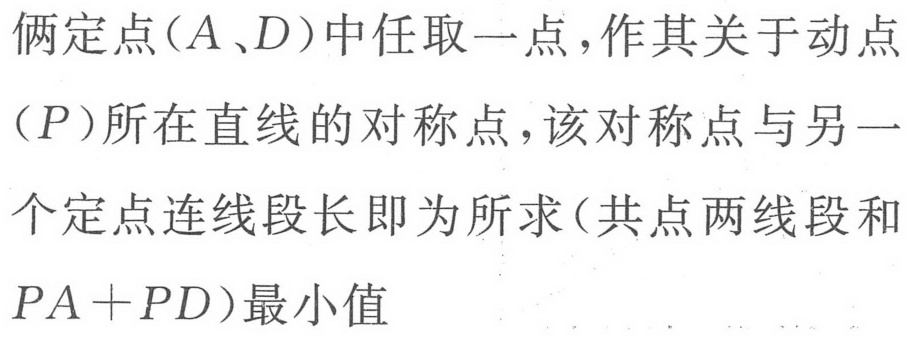
俩定点（\(A、D\)）中任取一点，作其关于动点（\(P\)）所在直线的对称点，该对称点与另一个定点连线段长即为所求（共点两线段和\(PA + PD\)）最小值